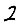
Digit: 2